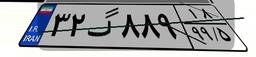
۳۲گ۸۸۹۱۸